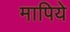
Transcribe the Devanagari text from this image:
मापिये